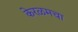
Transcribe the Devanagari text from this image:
केरळमचा